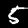
Digit: 5